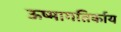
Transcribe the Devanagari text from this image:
ऊष्मागतिर्काय